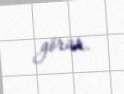
görür.